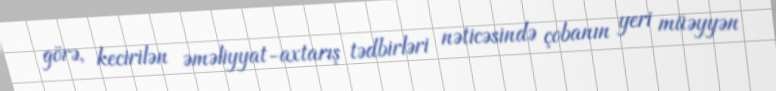
görə, kecirilən əməliyyat-axtarış tədbirləri nəticəsində çobanın yeri müəyyən